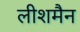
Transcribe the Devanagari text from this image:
लीशमैन